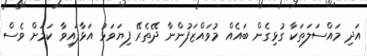
އަދި މައްސަލަތަކާ ގުޅިގެން ބައެއް މުވައްޒަފުންނާ ދޭތެރޭ ފިޔަވަޅު އަޅާފައިވާ ކަމަށް ވެސް